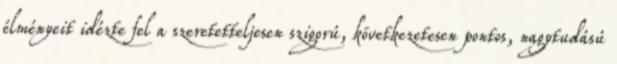
élményeit idézte fel a szeretetteljesen szigorú, következetesen pontos, nagytudású